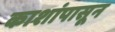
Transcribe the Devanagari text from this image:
काशांपासून